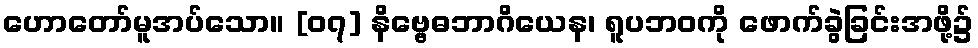
ဟောတော်မူအပ်သော။ [၀၇] နိဗ္ဗေဓဘာဂိယေန၊ ရူပဘဝကို ဖောက်ခွဲခြင်းအဖို့၌